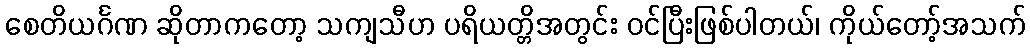
စေတိယင်္ဂဏ ဆိုတာကတော့ သကျသီဟ ပရိယတ္တိအတွင်း ဝင်ပြီးဖြစ်ပါတယ်၊ ကိုယ်တော့်အသက်